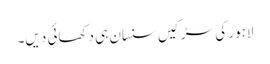
لاہور کی سڑکیں سنسان ہی دکھائی دیں۔